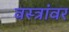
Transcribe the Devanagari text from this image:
वस्त्रांवर